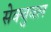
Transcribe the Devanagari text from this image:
सेक्चुवल